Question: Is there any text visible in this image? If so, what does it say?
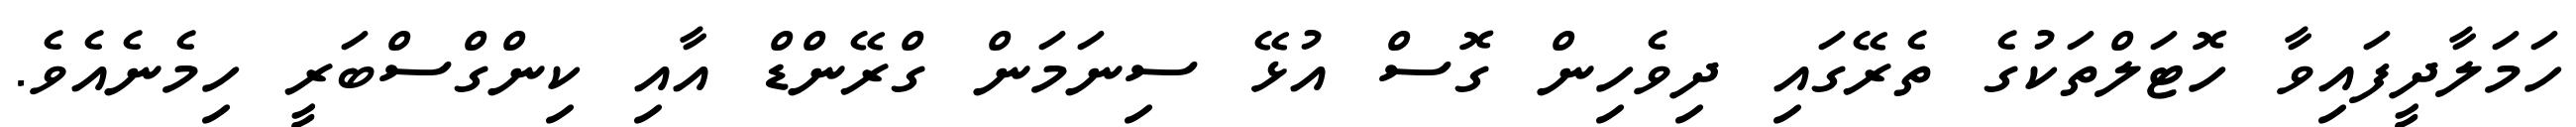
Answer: ހަމަލާދީފައިވާ ހޮޓަލްތަކުގެ ތެރޭގައި ދިވެހިން ގޮސް އުޅޭ ސިނަމަން ގްރޭންޑް އާއި ކިންގްސްބަރީ ހިމެނެއެވެ.